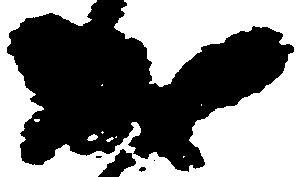
成